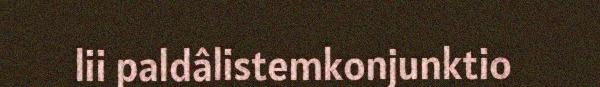
lii paldâlistemkonjunktio